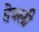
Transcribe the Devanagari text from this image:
हेवली